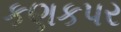
કણકપર